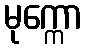
မုက္ကော